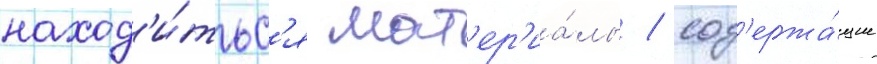
наход'и́тьс'я мат'ер'иа́лы / сод'ержа́щие